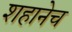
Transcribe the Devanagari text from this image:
शहानेच